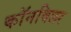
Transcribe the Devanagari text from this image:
कॉनविलर